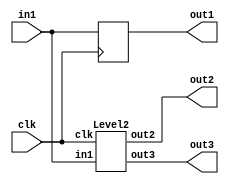
module Level1(
  input         clk,
  input  [15:0] in1,
  output [15:0] out1,
  output [15:0] out2,
  output [15:0] out3
);
`ifdef RANDOMIZE_REG_INIT
  reg [31:0] _RAND_0;
`endif // RANDOMIZE_REG_INIT
  wire  level2_clk;
  wire [15:0] level2_in1;
  wire [15:0] level2_out2;
  wire [15:0] level2_out3;
  reg [15:0] reg1;
  Level2 level2 (
    .clk(level2_clk),
    .in1(level2_in1),
    .out2(level2_out2),
    .out3(level2_out3)
  );
  assign out1 = reg1;
  assign out2 = level2_out2;
  assign out3 = level2_out3;
  assign level2_clk = clk;
  assign level2_in1 = in1;
  always @(posedge clk) begin
    reg1 <= in1;
  end
// Register and memory initialization
`ifdef RANDOMIZE_GARBAGE_ASSIGN
`define RANDOMIZE
`endif
`ifdef RANDOMIZE_INVALID_ASSIGN
`define RANDOMIZE
`endif
`ifdef RANDOMIZE_REG_INIT
`define RANDOMIZE
`endif
`ifdef RANDOMIZE_MEM_INIT
`define RANDOMIZE
`endif
`ifndef RANDOM
`define RANDOM $random
`endif
`ifdef RANDOMIZE_MEM_INIT
  integer initvar;
`endif
`ifndef SYNTHESIS
`ifdef FIRRTL_BEFORE_INITIAL
`FIRRTL_BEFORE_INITIAL
`endif
initial begin
  `ifdef RANDOMIZE
    `ifdef INIT_RANDOM
      `INIT_RANDOM
    `endif
    `ifndef VERILATOR
      `ifdef RANDOMIZE_DELAY
        #`RANDOMIZE_DELAY begin end
      `else
        #0.002 begin end
      `endif
    `endif
`ifdef RANDOMIZE_REG_INIT
  _RAND_0 = {1{`RANDOM}};
  reg1 = _RAND_0[15:0];
`endif // RANDOMIZE_REG_INIT
  `endif // RANDOMIZE
end // initial
`ifdef FIRRTL_AFTER_INITIAL
`FIRRTL_AFTER_INITIAL
`endif
`endif // SYNTHESIS
endmodule
module Level2(
  input         clk,
  input  [15:0] in1,
  output [15:0] out2,
  output [15:0] out3
);
`ifdef RANDOMIZE_REG_INIT
  reg [31:0] _RAND_0;
`endif // RANDOMIZE_REG_INIT
  wire [15:0] level3_in1;
  wire [15:0] level3_out3;
  reg [15:0] reg2;
  Level3 level3 (
    .in1(level3_in1),
    .out3(level3_out3)
  );
  assign out2 = reg2;
  assign out3 = level3_out3;
  assign level3_in1 = in1;
  always @(posedge clk) begin
    reg2 <= in1;
  end
// Register and memory initialization
`ifdef RANDOMIZE_GARBAGE_ASSIGN
`define RANDOMIZE
`endif
`ifdef RANDOMIZE_INVALID_ASSIGN
`define RANDOMIZE
`endif
`ifdef RANDOMIZE_REG_INIT
`define RANDOMIZE
`endif
`ifdef RANDOMIZE_MEM_INIT
`define RANDOMIZE
`endif
`ifndef RANDOM
`define RANDOM $random
`endif
`ifdef RANDOMIZE_MEM_INIT
  integer initvar;
`endif
`ifndef SYNTHESIS
`ifdef FIRRTL_BEFORE_INITIAL
`FIRRTL_BEFORE_INITIAL
`endif
initial begin
  `ifdef RANDOMIZE
    `ifdef INIT_RANDOM
      `INIT_RANDOM
    `endif
    `ifndef VERILATOR
      `ifdef RANDOMIZE_DELAY
        #`RANDOMIZE_DELAY begin end
      `else
        #0.002 begin end
      `endif
    `endif
`ifdef RANDOMIZE_REG_INIT
  _RAND_0 = {1{`RANDOM}};
  reg2 = _RAND_0[15:0];
`endif // RANDOMIZE_REG_INIT
  `endif // RANDOMIZE
end // initial
`ifdef FIRRTL_AFTER_INITIAL
`FIRRTL_AFTER_INITIAL
`endif
`endif // SYNTHESIS
endmodule
module Level3(
  input  [15:0] in1,
  output [15:0] out3
);
  assign out3 = in1;
endmodule
module Top(
  input         clk,
  input         reset,
  input  [15:0] in1,
  output [15:0] out1,
  output [15:0] out2,
  output [15:0] out3
);
  wire  level1_clk;
  wire [15:0] level1_in1;
  wire [15:0] level1_out1;
  wire [15:0] level1_out2;
  wire [15:0] level1_out3;
  Level1 level1 (
    .clk(level1_clk),
    .in1(level1_in1),
    .out1(level1_out1),
    .out2(level1_out2),
    .out3(level1_out3)
  );
  assign out1 = level1_out1;
  assign out2 = level1_out2;
  assign out3 = level1_out3;
  assign level1_clk = clk;
  assign level1_in1 = in1;
endmodule